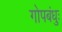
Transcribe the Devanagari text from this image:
गोपबंधुः